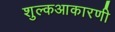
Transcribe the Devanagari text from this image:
शुल्कआकारणी